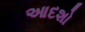
આદશો